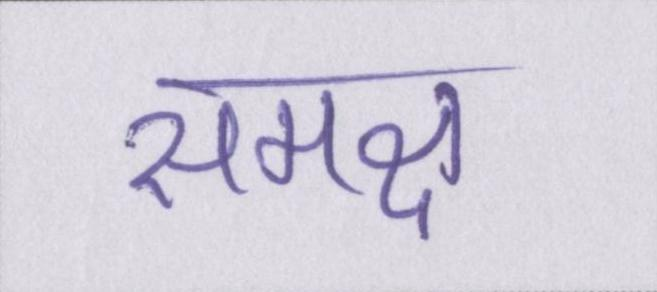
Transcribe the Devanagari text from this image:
समक्ष